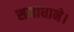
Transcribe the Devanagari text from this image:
समाधाने।